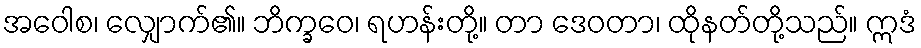
အဝေါစ၊ လျှောက်၏။ ဘိက္ခဝေ၊ ရဟန်းတို့။ တာ ဒေဝတာ၊ ထိုနတ်တို့သည်။ ဣဒံ